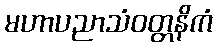
မဟာပညာသံဝတ္တနိကံ